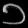
Digit: ၁